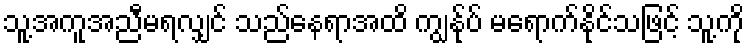
သူ့အကူအညီမရလျှင် သည်နေရာအထိ ကျွန်ုပ် မရောက်နိုင်သဖြင့် သူ့ကို